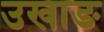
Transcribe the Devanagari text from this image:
उखाङ